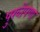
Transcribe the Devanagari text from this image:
पुख्तेपणा